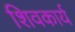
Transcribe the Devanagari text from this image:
शिवकार्य